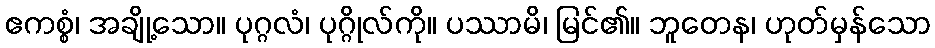
ဧကစ္စံ၊ အချို့သော။ ပုဂ္ဂလံ၊ ပုဂ္ဂိုလ်ကို။ ပဿာမိ၊ မြင်၏။ ဘူတေန၊ ဟုတ်မှန်သော